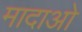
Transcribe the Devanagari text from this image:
मादाओ